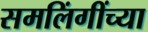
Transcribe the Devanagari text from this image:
समलिंगींच्या